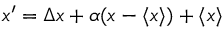
x ^ { \prime } = \Delta x + \alpha ( x - \langle { x } \rangle { } ) + \langle { x } \rangle { }